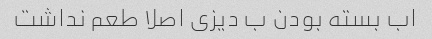
اب بسته بودن ب دیزی اصلا طعم نداشت